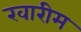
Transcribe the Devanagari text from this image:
खारीम